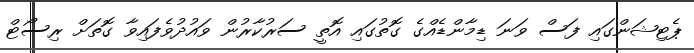
ޕެޓިޝަންގައި ފަސް ވަނަ ޑިމާންޑެއްގެ ގޮތުގައި އޮތީ ސަރުކާރުން ވައުދުވެފައިވާ ގޮތަށް ރިސޯޓް